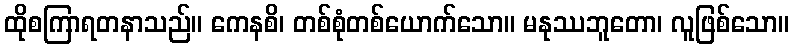
ထိုစကြာရတနာသည်။ ကေနစိ၊ တစ်စုံတစ်ယောက်သော။ မနုဿဘူတော၊ လူဖြစ်သော။